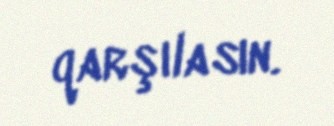
qarşılasın.